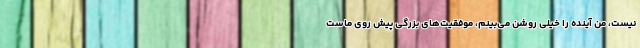
نیست، من آینده را خیلی روشن می‌بینم، موفقیت‌های بزرگی پیش روی ماست